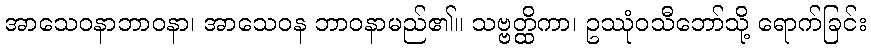
အာသေဝနာဘာဝနာ၊ အာသေဝန ဘာဝနာမည်၏။ သဗ္ဗတ္ထိကာ၊ ဥဿုံဝသီဘော်သို့ ရောက်ခြင်း